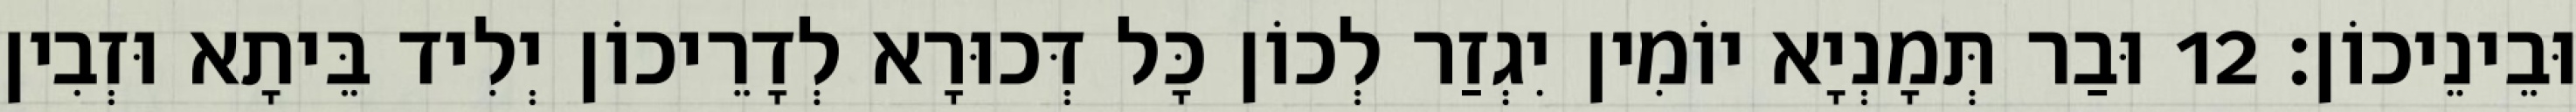
וּבֵינֵיכוֹן׃ 12 וּבַר תְּמָנְיָא יוֹמִין יִגְזַר לְכוֹן כָּל דְּכוּרָא לְדָרֵיכוֹן יְלִיד בֵּיתָא וּזְבִין